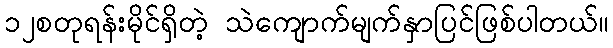
၁၂စတုရန်းမိုင်ရှိတဲ့ သဲကျောက်မျက်နှာပြင်ဖြစ်ပါတယ်။